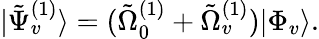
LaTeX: \begin{array}{r}{|\tilde{\Psi}_{v}^{(1)}\rangle=(\tilde{\Omega}_{0}^{(1)}+\tilde{\Omega}_{v}^{(1)})|\Phi_{v}\rangle.}\end{array}